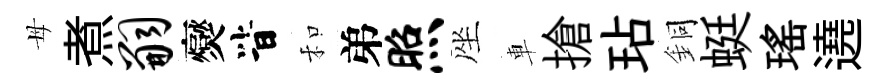
母煮嗣爕𣅜和弟照座車搶玷銅蜓瑤遶